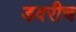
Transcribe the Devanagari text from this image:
डवरीच